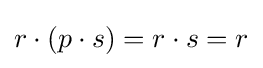
r\cdot (p\cdot s)=r\cdot s=r